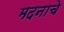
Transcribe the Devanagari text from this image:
मदनाचे